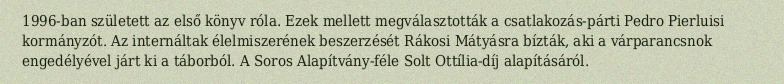
1996-ban született az első könyv róla. Ezek mellett megválasztották a csatlakozás-párti Pedro Pierluisi kormányzót. Az internáltak élelmiszerének beszerzését Rákosi Mátyásra bízták, aki a várparancsnok engedélyével járt ki a táborból. A Soros Alapítvány-féle Solt Ottília-díj alapításáról.